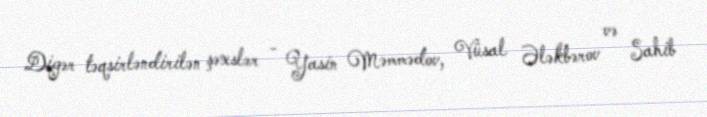
Digər təqsirləndirilən şəxslər - Yasin Məmmədov, Vüsal Ələkbərov və Sahib